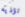
تؤذيه